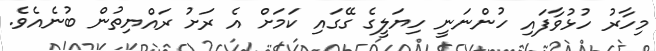
މިހާރު ހުޅުވާފައި ހުންނަނީ ހިޔަލީގެ ގޭގައި ކަމަށް އެ ރަށު ރައްޔިތުން ބުނެއެވެ.